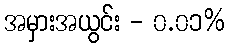
အမှားအယွင်း - ၀.၀၁%